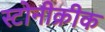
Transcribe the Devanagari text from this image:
स्टोनीक्रीक